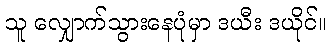
သူ လျှောက်သွားနေပုံမှာ ဒယီး ဒယိုင်။